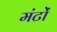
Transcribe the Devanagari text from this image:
मंटों